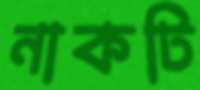
নাকটি